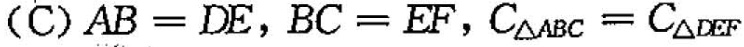
(C) $$A B = D E$$，$$B C = E F$$，$$C △ A B c = C △ p c F$$